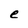
Character: e